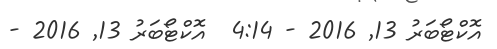
އޮކްޓޯބަރު 13